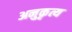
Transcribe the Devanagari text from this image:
अनुकृत्य